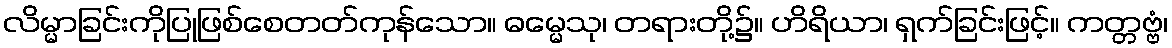
လိမ္မာခြင်းကိုပြုဖြစ်စေတတ်ကုန်သော။ ဓမ္မေသု၊ တရားတို့၌။ ဟိရိယာ၊ ရှက်ခြင်းဖြင့်။ ကတ္တဗ္ဗံ၊